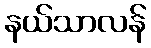
နယ်သာလန်